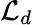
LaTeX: \mathcal{L}_{d}